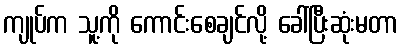
ကျုပ်က သူ့ကို ကောင်းစေချင်လို့ ခေါ်ပြီးဆုံးမတာ